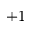
+ 1